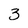
Character: 3